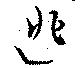
逃